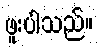
ဖူးပါသည်။